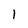
Character: I